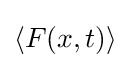
\langle F(x,t)\rangle